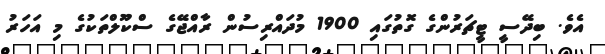
އެވެ. ބިދޭސީ ޓީޗަރުންގެ ގޮތުގައި 1900 މުދައްރިސުން ރާއްޖޭގެ ސްކޫލްތަކުގެ މި އަހަރު